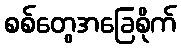
စစ်တွေအခြေစိုက်